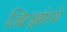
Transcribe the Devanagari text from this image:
जिल्ह्यांध्ये